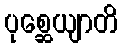
ပုစ္ဆေယျာတိ